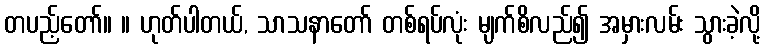
တပည့်တော်။ ။ ဟုတ်ပါတယ်, သာသနာတော် တစ်ရပ်လုံး မျက်စိလည်၍ အမှားလမ်း သွားခဲ့လို့